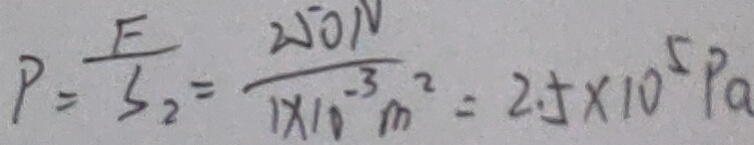
P = \frac { F } { S _ { 2 } } = \frac { 2 5 0 N } { 1 \times 1 0 ^ { - 3 } m ^ { 2 } } = 2 . 5 \times 1 0 ^ { 5 } P a